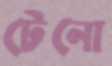
টেনো